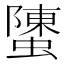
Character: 螴